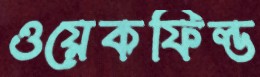
ওয়েকফিল্ড